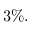
3 \% .